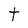
Character: t